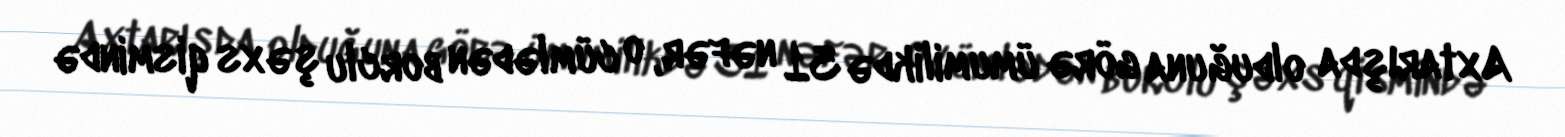
Axtarışda olduğuna görə ümumilikdə 31 nəfər, o cümlədən borclu şəxs qismində